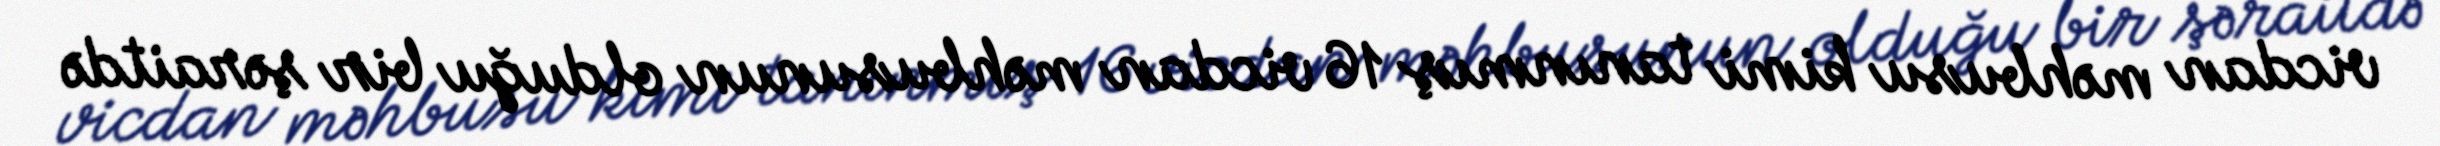
vicdan məhbusu kimi tanınmış 16 vicdan məhbusunun olduğu bir şəraitdə